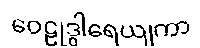
ဝေဠုဒွါရေယျကာ